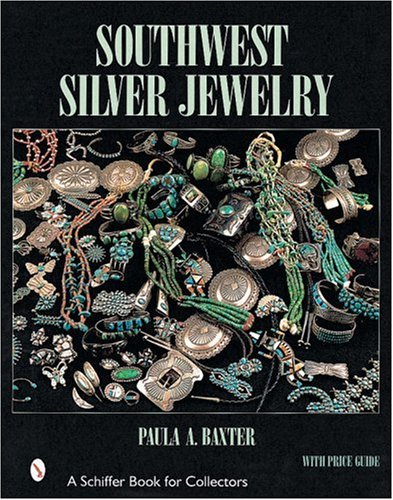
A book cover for Southwest Silver Jewelry the First Century; Paula A. Baxter; Crafts, Hobbies & Home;